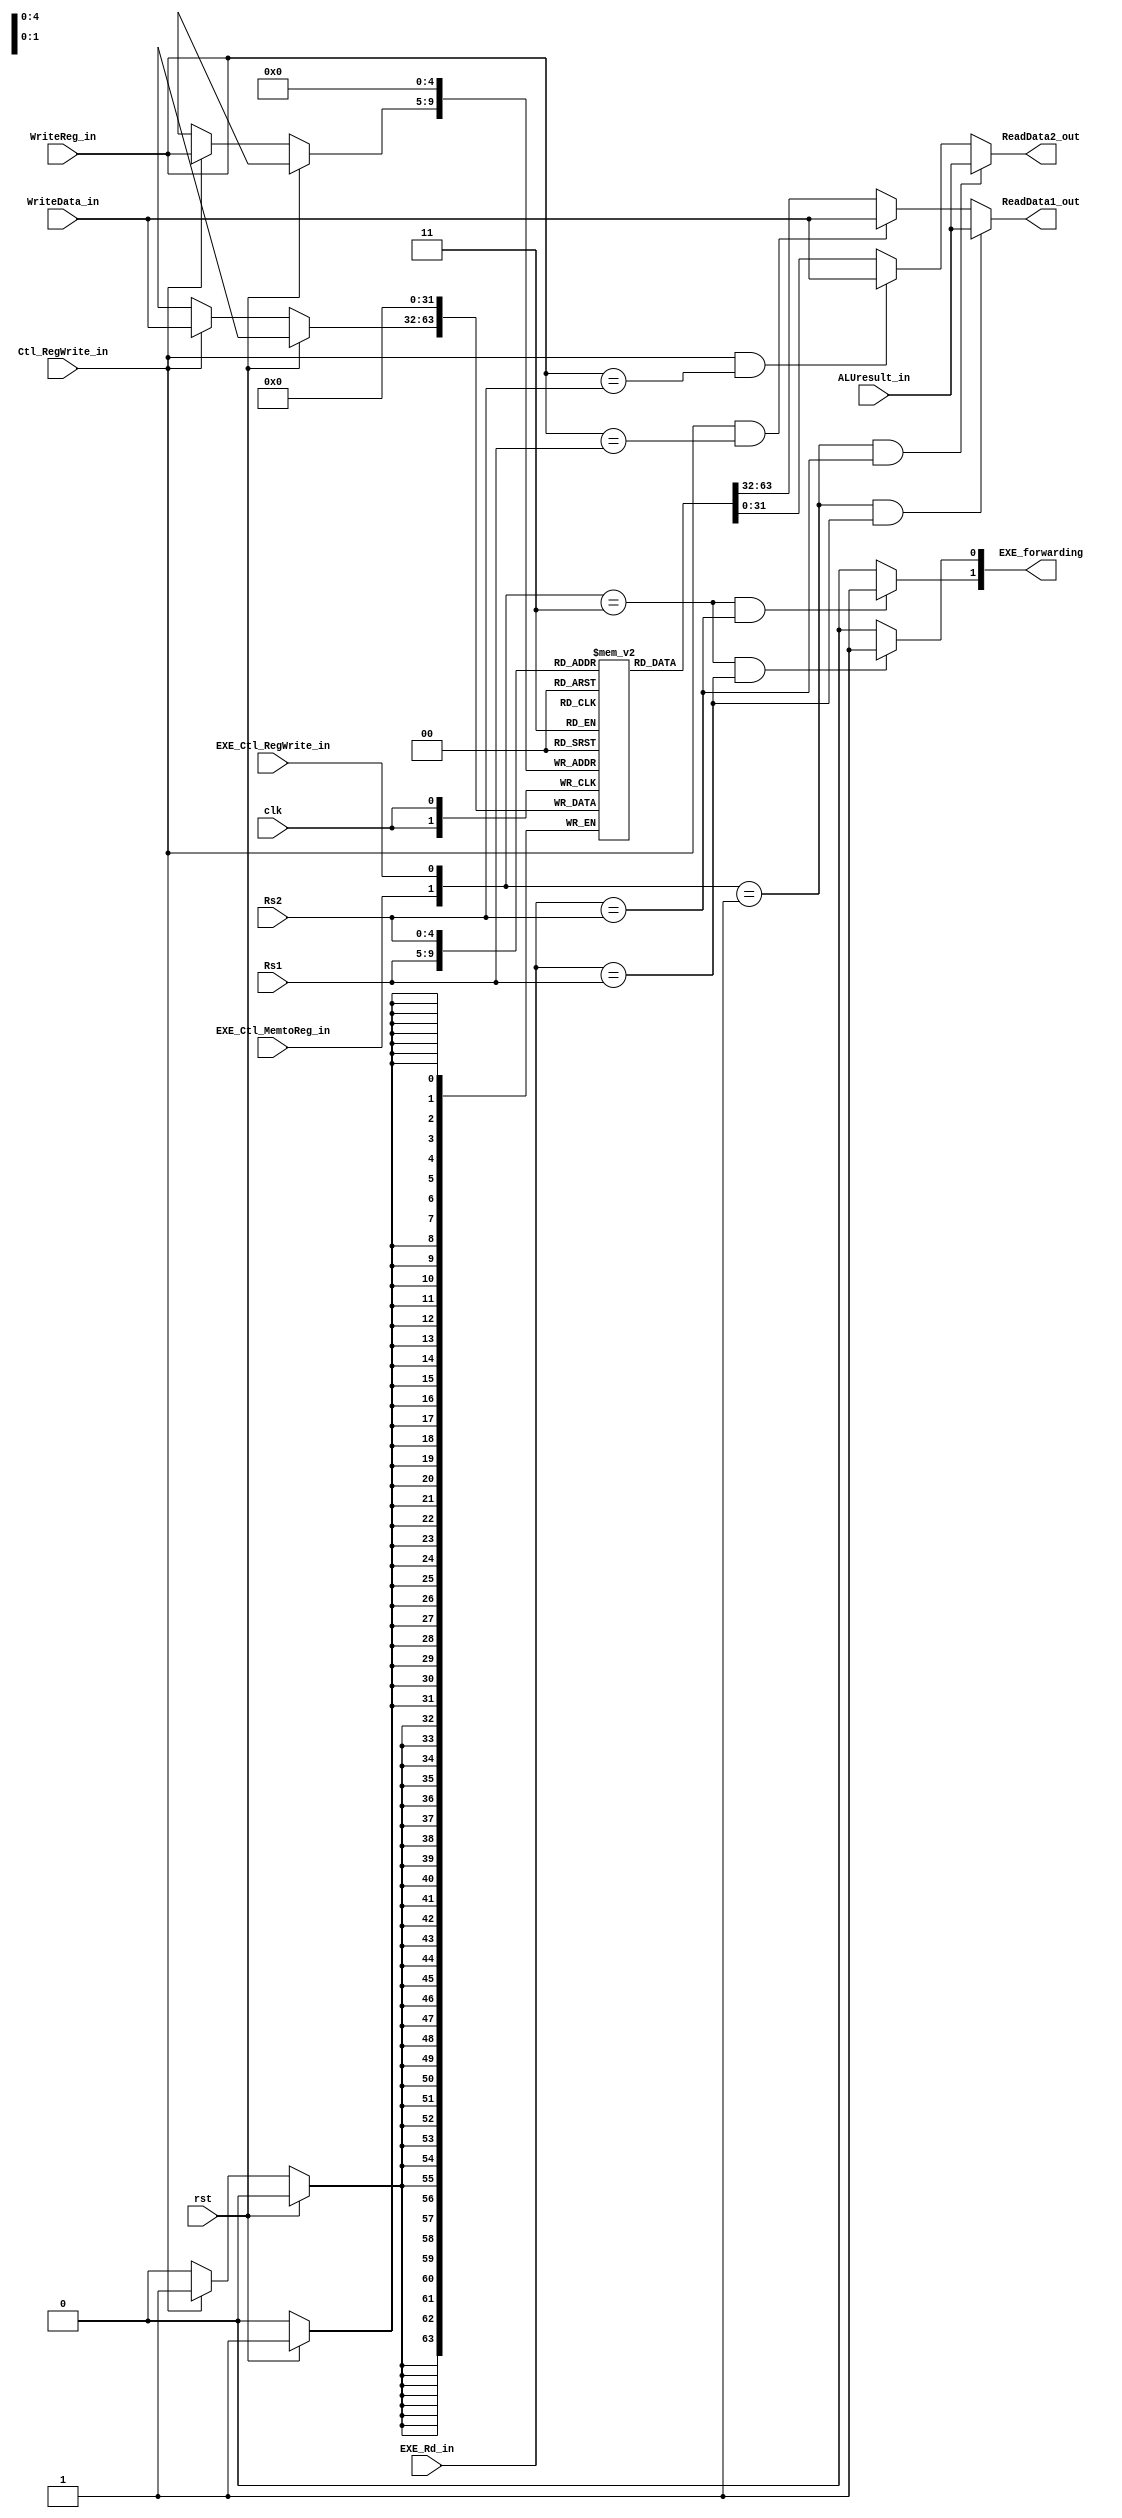
`timescale 1ns / 1ps
//8.408ns
//forwairdng  .
module Register_File(
	input clk, rst,
	input Ctl_RegWrite_in, EXE_Ctl_MemtoReg_in, EXE_Ctl_RegWrite_in, 
	input [4:0] Rs1, Rs2, EXE_Rd_in, 
	input [4:0] WriteReg_in, 	
	input [31:0] WriteData_in, ALUresult_in, 
	output [31:0] ReadData1_out, ReadData2_out,
	output [1:0] EXE_forwarding
   );
	
	//Register
	parameter reg_size = 32;
	reg [31:0] Reg[0:reg_size-1]; //32bit reg

	// x0 Ctl_RegWrite=0 Rd 
	//    WB stage  Write.
	always@(posedge clk) begin
		if(rst)
			Reg[5'b0] <= 32'b0;
		else if(Ctl_RegWrite_in)
			Reg[WriteReg_in] <= WriteData_in;
	end


	
	assign EXE_forwarding = { ({EXE_Ctl_MemtoReg_in, EXE_Ctl_RegWrite_in}==2'b11 && EXE_Rd_in==Rs2) ? 1'b1:1'b0,
										({EXE_Ctl_MemtoReg_in, EXE_Ctl_RegWrite_in}==2'b11 && EXE_Rd_in==Rs1) ? 1'b1:1'b0 };
	
	assign ReadData1_out = ({EXE_Ctl_MemtoReg_in, EXE_Ctl_RegWrite_in}==2'b01 && EXE_Rd_in==Rs1)? ALUresult_in : 
												(Ctl_RegWrite_in && WriteReg_in==Rs1) ? WriteData_in : Reg[Rs1];
	assign ReadData2_out = ({EXE_Ctl_MemtoReg_in, EXE_Ctl_RegWrite_in}==2'b01 && EXE_Rd_in==Rs2)? ALUresult_in : 
												(Ctl_RegWrite_in && WriteReg_in==Rs2) ? WriteData_in : Reg[Rs2];
endmodule


//4.853ns
//forwarding unit IF/ID, ID/EX, EX/MEM REG RD    forwarding unit 1cycle   .
//
/*
module Forwarding_unit(
	input EXE_Ctl_RegWrite_in, EXE_Ctl_MemtoReg_in, MEM_Ctl_RegWrite_in, clk,
	input [4:0] Rs1_in, Rs2_in, EXE_Rd_in, MEM_Rd_in,
	output reg [1:0] ForwardA_out, ForwardB_out
   );
		 
	reg [1:0] ForwardA, ForwardB;
	
	
	//Forward[0] forward , Forward[1]  Forward .
	always @(*) begin
		if(ID_EX_Rd_in == Rs1_in) 			ForwardA = 2'b10;
		else if(EX_MEM_Rd_in == Rs1_in) 	ForwardA = 2'b01;
		else 										ForwardA = 2'b00;
	end
	
	always @(*) begin
		if(ID_EX_Rd_in == Rs2_in)			ForwardB = 2'b10;
		else if(EX_MEM_Rd_in == Rs2_in)	ForwardB = 2'b01;
		else										ForwardB = 2'b00;
	end
	

endmodule
*/